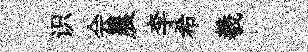
识会晨李希羲